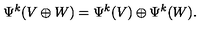
\Psi ^ { k } ( V \oplus W ) = \Psi ^ { k } ( V ) \oplus \Psi ^ { k } ( W ) .